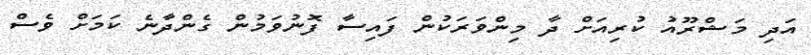
އަދި މަޝްރޫއު ކުރިއަށް ދާ މިންވަރަކުން ފައިސާ ފޮނުވަމުން ގެންދާނެ ކަމަށް ވެސް